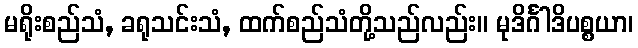
မရိုးစည်သံ, ခရုသင်းသံ, ထက်စည်သံတို့သည်လည်း။ မုဒိင်္ဂါဒိပစ္စယာ၊